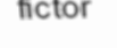
fictor